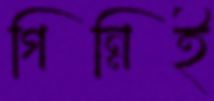
গিন্নিই